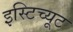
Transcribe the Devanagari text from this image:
इस्‍टिच्‍यूट